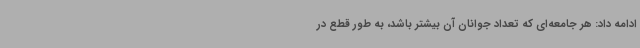
ادامه داد: هر جامعه‌ای که تعداد جوانان آن بیشتر باشد، به طور قطع در